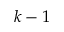
k - 1